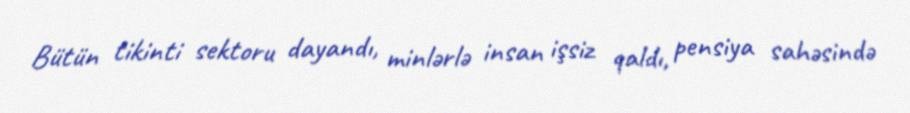
Bütün tikinti sektoru dayandı, minlərlə insan işsiz qaldı, pensiya sahəsində